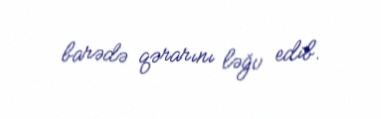
barədə qərarını ləğv edib.